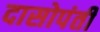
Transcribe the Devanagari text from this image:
दासोपंती